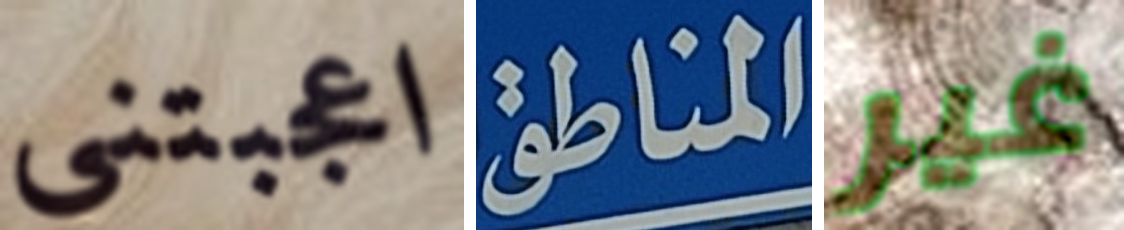
اعجبتني المناطق غير